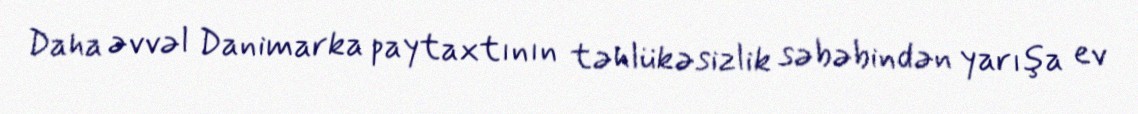
Daha əvvəl Danimarka paytaxtının təhlükəsizlik səbəbindən yarışa ev